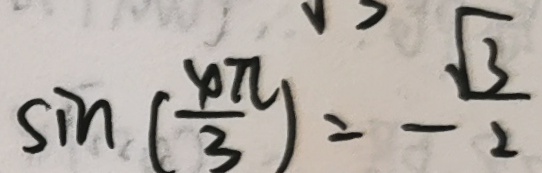
\sin ( \frac { \varphi \pi } { 3 } ) = - \frac { \sqrt { 3 } } { 2 }